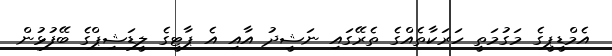
އެމްޑީޕީގެ މަގުމަތީ ހަރަކާތެއްގެ ތެރޭގައި ނަޝީދު އާއި އެ ޕާޓީގެ ލީޑަޝިޕްގެ ބޭފުޅުން